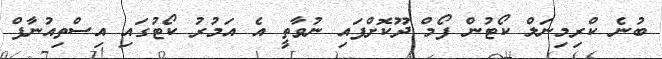
ބުނެ ކްރިމިނަލް ކޯޓުން ފޯމް ދޫކޮށްފައި ނުވާތީ އެ އަމުރު ކޯޓުގައި އިސްތިއުނާފް